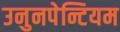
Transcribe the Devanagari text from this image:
उनुनपेन्टियम